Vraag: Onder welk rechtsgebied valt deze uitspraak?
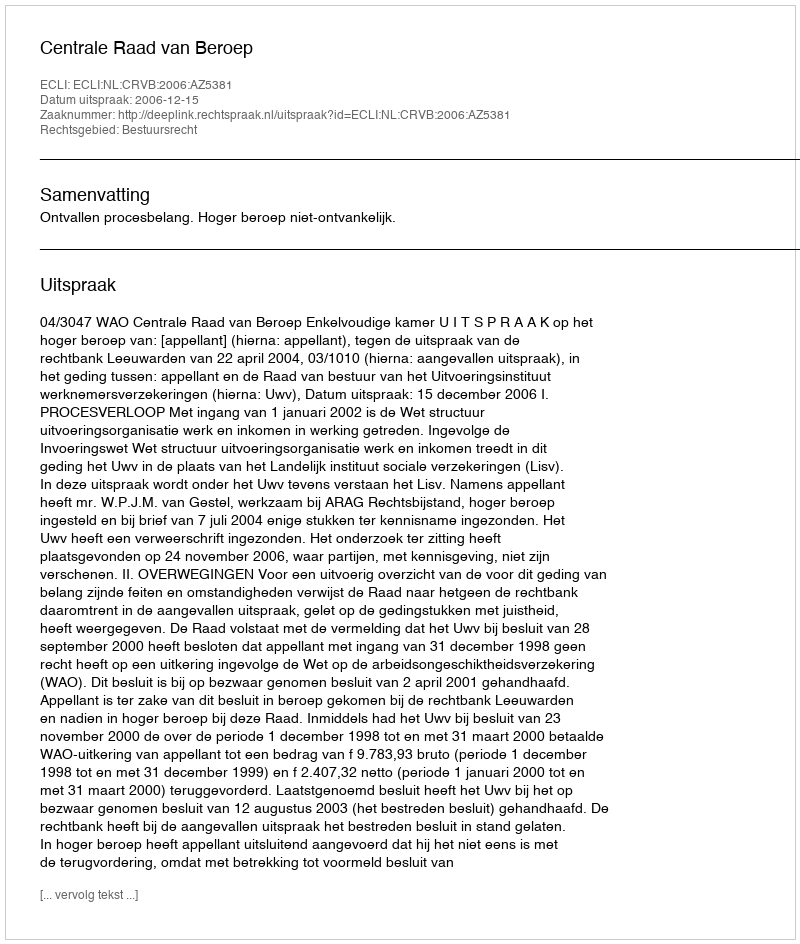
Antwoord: Bestuursrecht